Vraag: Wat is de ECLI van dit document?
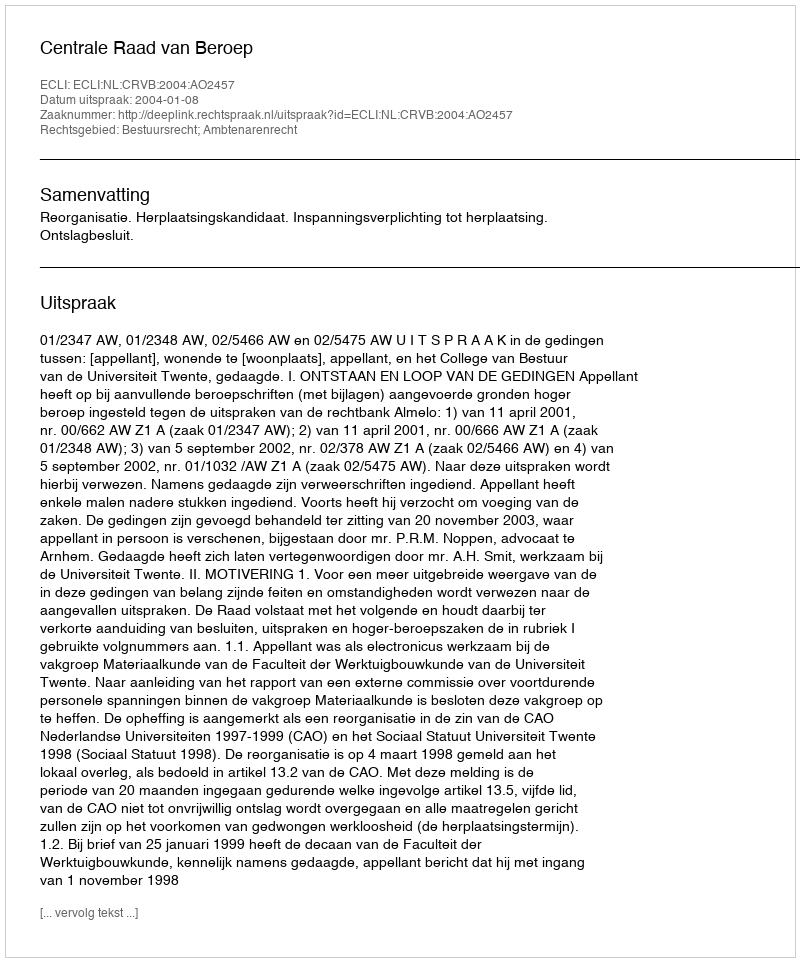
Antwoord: ECLI:NL:CRVB:2004:AO2457